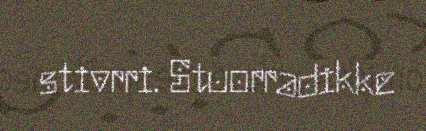
stivrri. Stuorradikke